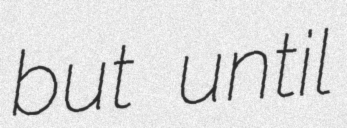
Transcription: but until